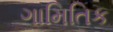
ગામિતિક